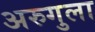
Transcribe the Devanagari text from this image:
अरुगुला